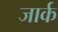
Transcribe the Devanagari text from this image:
जार्क